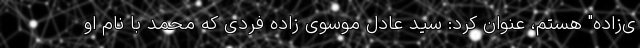
ی‌زاده" هستم، عنوان کرد: سید عادل موسوی زاده فردی که محمد با نام او